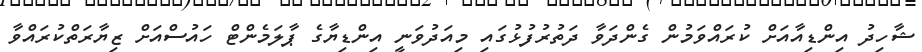
ޝާހިދު އިންޑިއާއަށް ކުރައްވަމުން ގެންދަވާ ދަތުރުފުޅުގައި މިއަދުވަނީ އިންޑިޔާގެ ޕާލަމެންޓް ހައުސްއަށް ޒިޔާރަތްކުރައްވާ